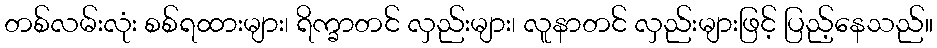
တစ်လမ်းလုံး စစ်ရထားများ၊ ရိက္ခာတင် လှည်းများ၊ လူနာတင် လှည်းများဖြင့် ပြည့်နေသည်။